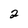
Character: 2